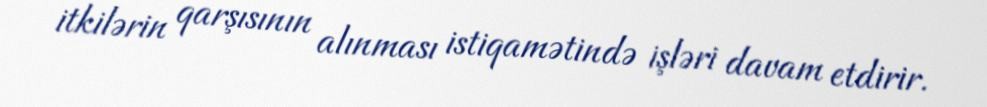
itkilərin qarşısının alınması istiqamətində işləri davam etdirir.